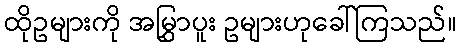
ထိုဥများကို အမြွှာပူး ဥများဟုခေါ်ကြသည်။